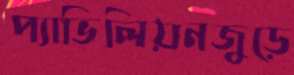
প্যাভিলিয়নজুড়ে